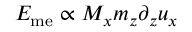
E _ { \mathrm { m e } } \propto M _ { x } m _ { z } \partial _ { z } u _ { x }